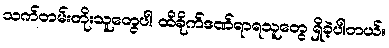
သက်တမ်းတိုးသူတွေပါ ထိခိုက်ဒဏ်ရာရသူတွေ ရှိခဲ့ပါတယ်။